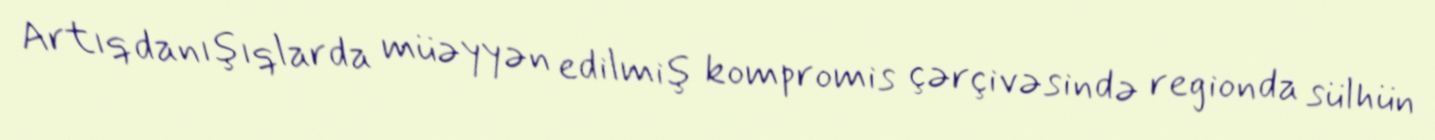
Artıq danışıqlarda müəyyən edilmiş kompromis çərçivəsində regionda sülhün